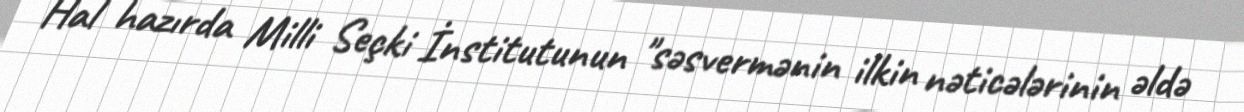
Hal hazırda Milli Seçki İnstitutunun "səsvermənin ilkin nəticələrinin əldə